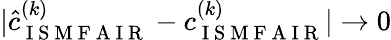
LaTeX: |\hat{c}_{\mathrm{~I~S~M~F~A~I~R~}}^{(k)}-c_{\mathrm{~I~S~M~F~A~I~R~}}^{(k)}|\to 0